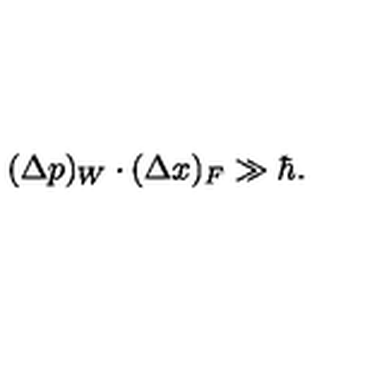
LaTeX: ( \Delta p ) _ { W } \cdot ( \Delta x ) _ { F } \gg \hbar .